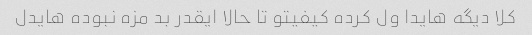
کلا دیگه هایدا ول کرده کیفیتو تا حالا ایقدر بد مزه نبوده هایدل